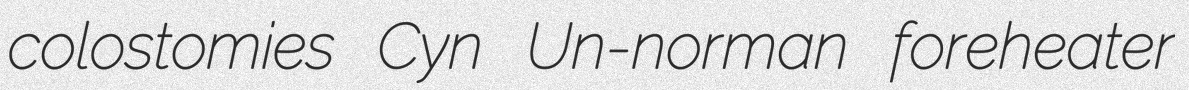
colostomies Cyn Un-norman foreheater